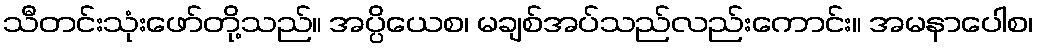
သီတင်းသုံးဖော်တို့သည်။ အပ္ပိယေစ၊ မချစ်အပ်သည်လည်းကောင်း။ အမနာပေါစ၊